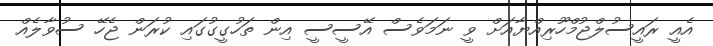
އެއީ ރައީސުލްޖުމްހޫރިއްޔާއަށް ވީ ނަމަވެސް އޭސީސީ އިން ތަހުގީގުގައި ކުރަން ޖެހޭ ސުވާލެއް